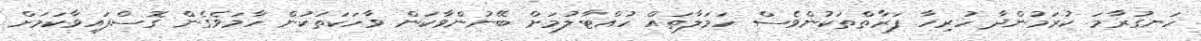
ހަނގުރާމަ ކުރަމުންދާ ހުރިހާ ފަރާތްތަކުންވެސް ހަމަލާތައް ހުއްޓާލުމަށް ބޭނުންވާކަން ވާހަކަތަކުން ހާމަވެގެން ގޮސްފައިވާކަމަށް